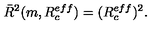
\bar { R } ^ { 2 } ( m , R _ { c } ^ { e f f } ) = ( R _ { c } ^ { e f f } ) ^ { 2 } { . }